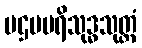
ပဌမပရိသုဒ္ဓသုတ္တံ